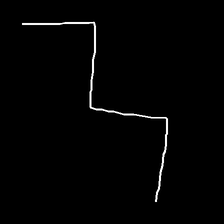
Glyph: crush